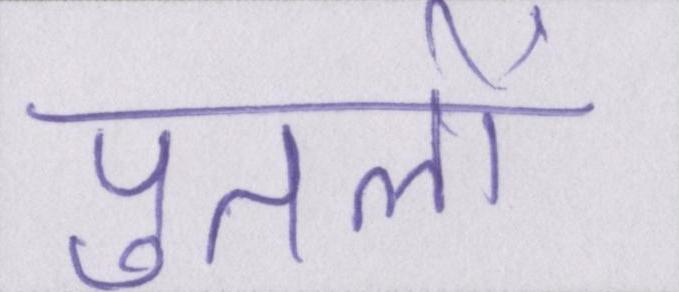
पुतलों